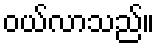
ဝယ်လာသည်။